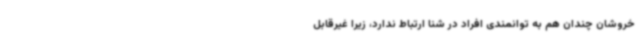
خروشان چندان هم به توانمندی افراد در شنا ارتباط ندارد، زیرا غیرقابل